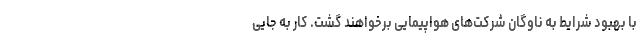
با بهبود شرایط به ناوگان شرکت‌های هواپیمایی برخواهند گشت. کار به جایی